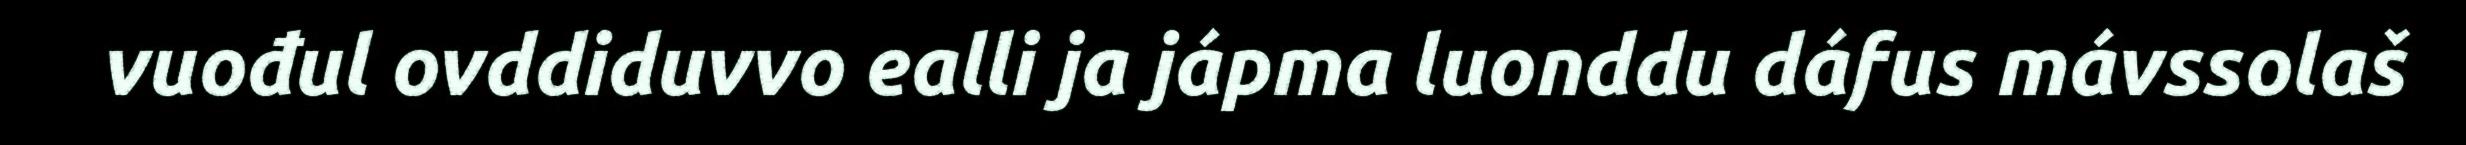
vuođul ovddiduvvo ealli ja jápma luonddu dáfus mávssolaš